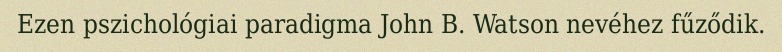
Ezen pszichológiai paradigma John B. Watson nevéhez fűződik.